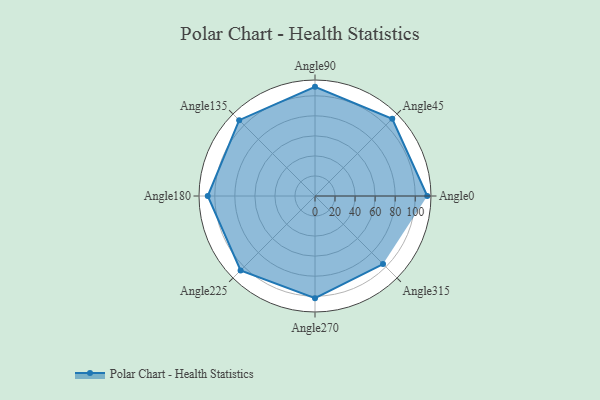
{"axis": {"x": "Angle", "y": "Radius"}, "legend": [""], "data": [{"x": "Angle0", "y": 112.0, "type": ""}, {"x": "Angle45", "y": 109.0, "type": ""}, {"x": "Angle90", "y": 109.0, "type": ""}, {"x": "Angle135", "y": 107.0, "type": ""}, {"x": "Angle180", "y": 107.0, "type": ""}, {"x": "Angle225", "y": 105.0, "type": ""}, {"x": "Angle270", "y": 102.0, "type": ""}, {"x": "Angle315", "y": 96.0, "type": ""}]}